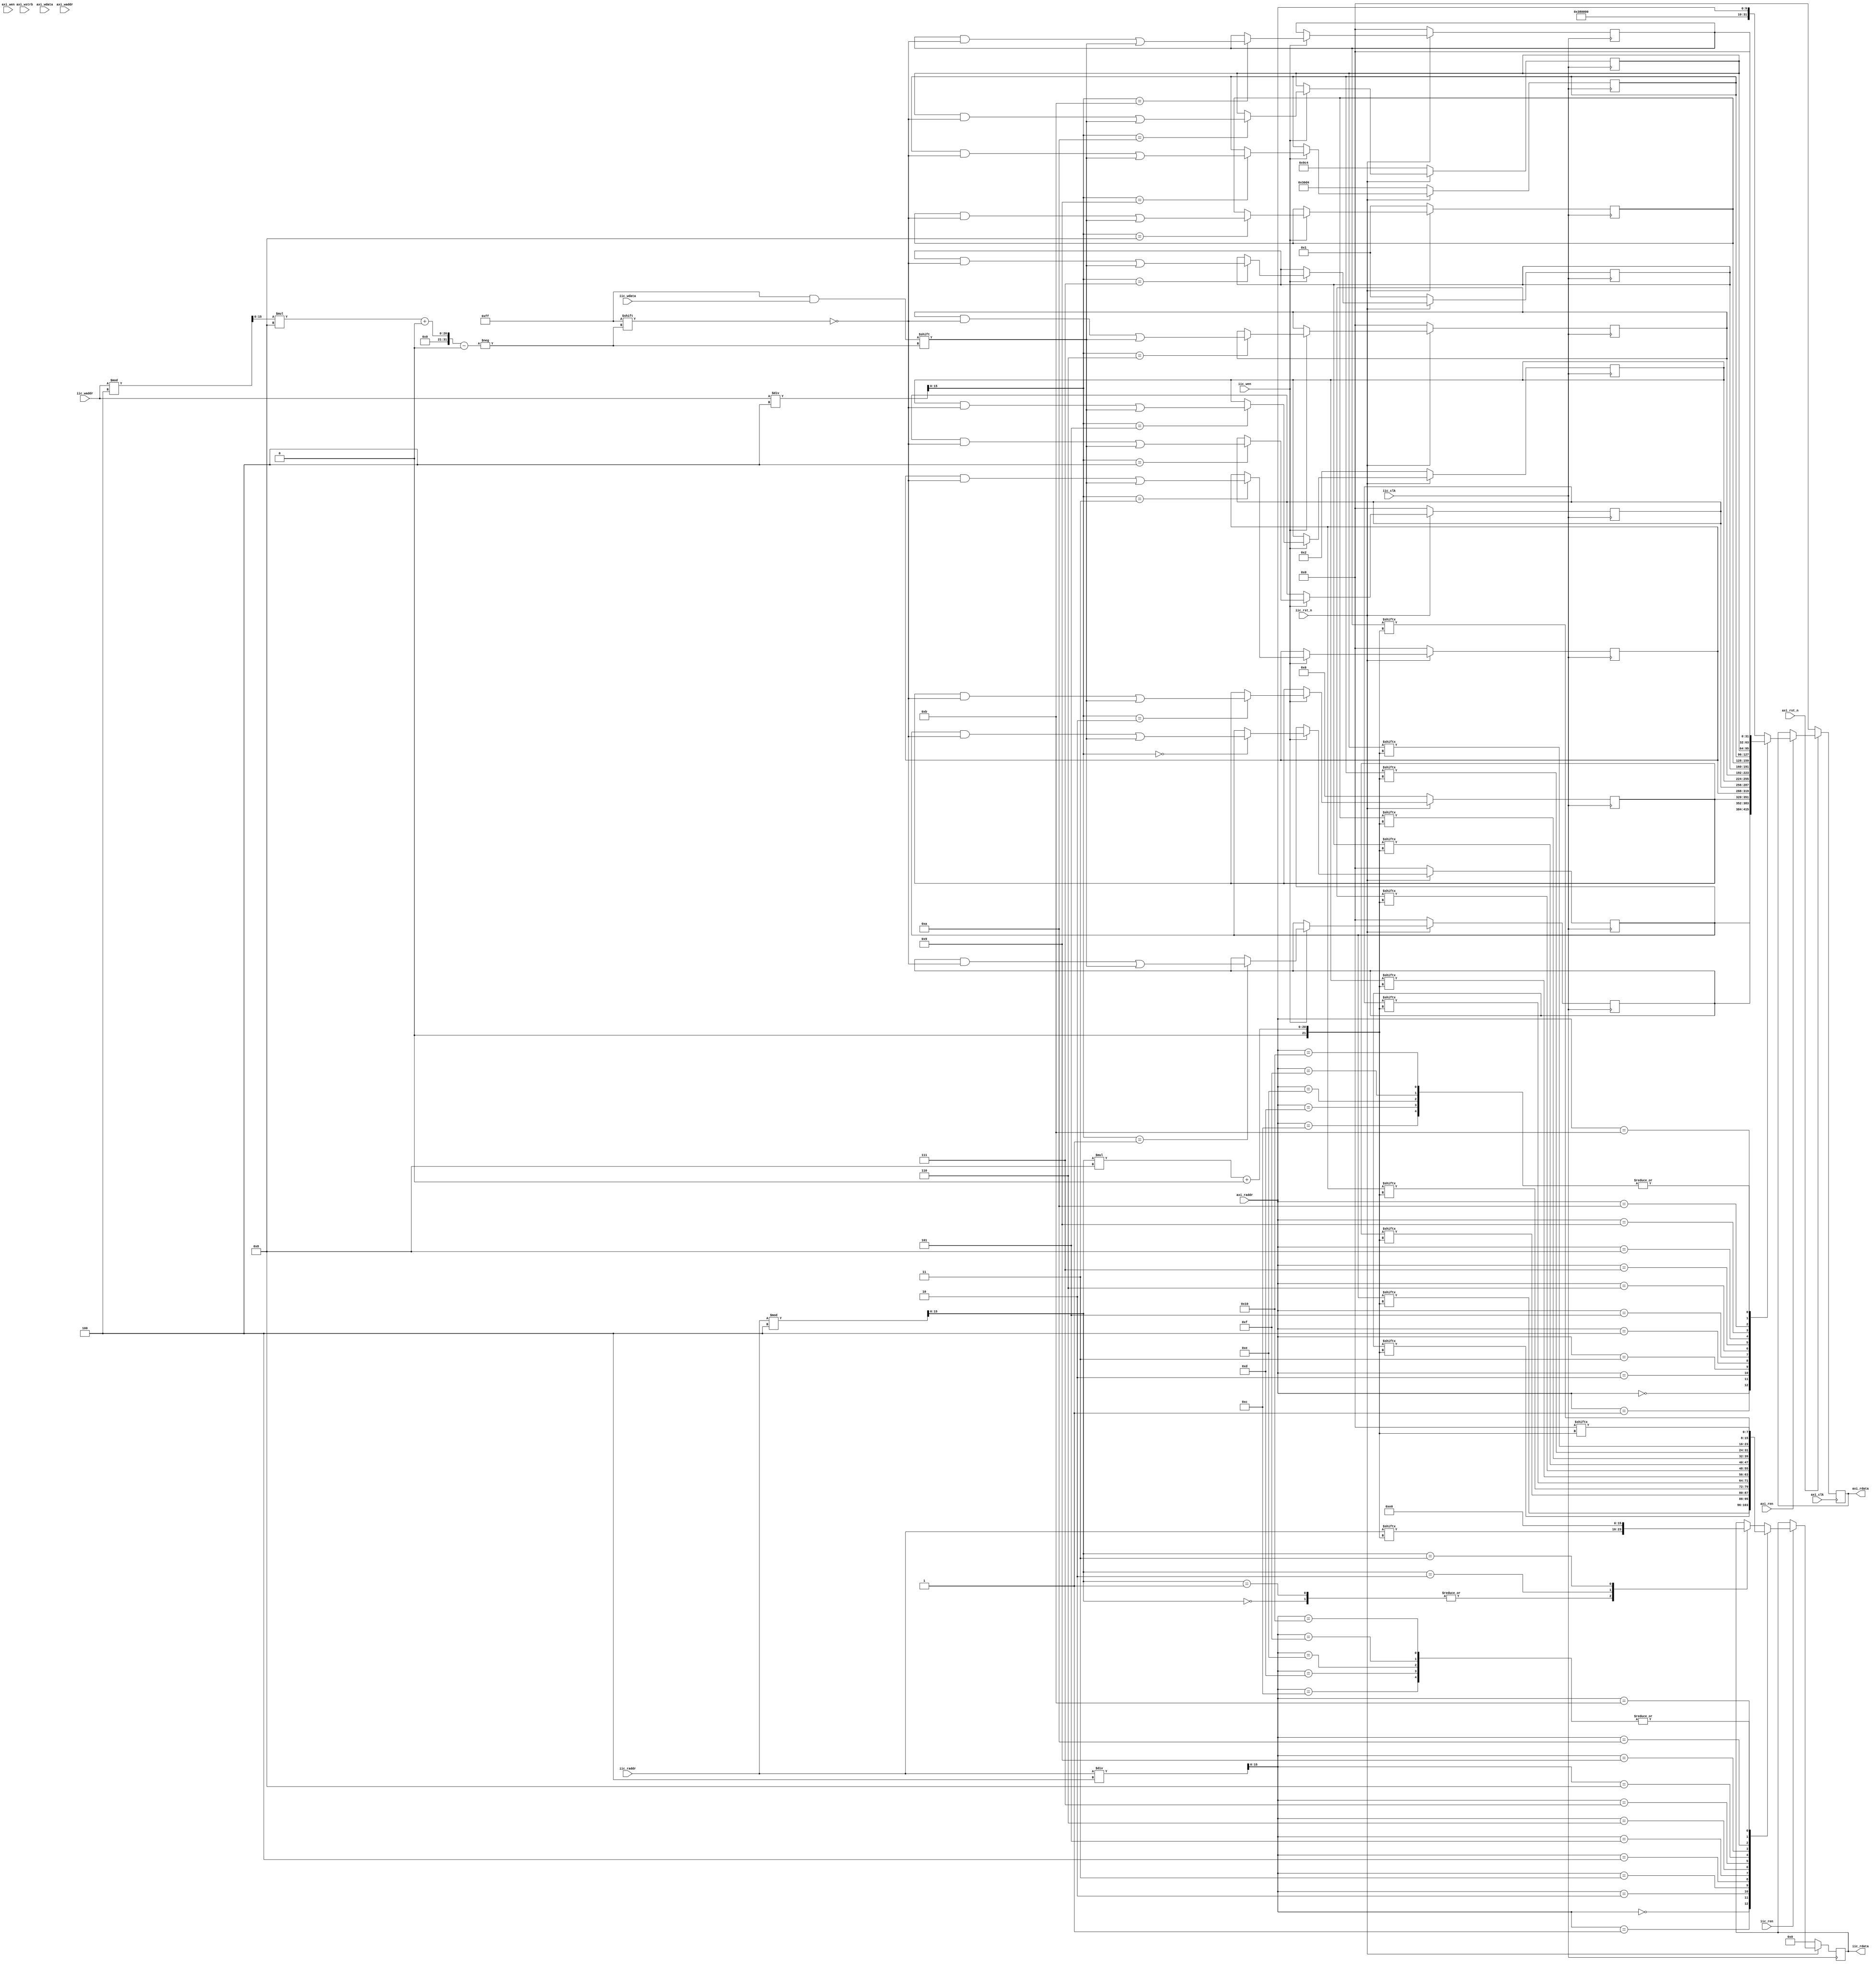
`timescale 1ns / 1ps

module iic_slave_ram #(
		parameter integer AXI_C_S_AXI_DATA_WIDTH = 32,
		parameter integer AXI_OPT_MEM_ADDR_BITS = 10,
		parameter integer IIC_IIC_SLAVE_DATA_WIDTH = 8,
		parameter integer IIC_OPT_MEM_ADDR_BITS = 16
	)
	(
		input wire axi_clk,
		input wire axi_rst_n,

		input wire [(AXI_C_S_AXI_DATA_WIDTH / 8) - 1 : 0] axi_wstrb,
		input wire axi_wen,
		input wire [AXI_C_S_AXI_DATA_WIDTH - 1 : 0] axi_wdata,
		input wire [AXI_OPT_MEM_ADDR_BITS - 1 : 0] axi_waddr,

		input wire axi_ren,
		output reg [AXI_C_S_AXI_DATA_WIDTH - 1 : 0] axi_rdata = 0,
		input wire [AXI_OPT_MEM_ADDR_BITS - 1 : 0] axi_raddr,

		input wire iic_clk,
		input wire iic_rst_n,

		input wire iic_wen,
		input wire [IIC_IIC_SLAVE_DATA_WIDTH - 1 : 0] iic_wdata,
		input wire [IIC_OPT_MEM_ADDR_BITS - 1 : 0] iic_waddr,

		input wire iic_ren,
		output reg [IIC_IIC_SLAVE_DATA_WIDTH - 1 : 0] iic_rdata = 0,
		input wire [IIC_OPT_MEM_ADDR_BITS - 1 : 0] iic_raddr
	);

	reg [AXI_OPT_MEM_ADDR_BITS - 1 : 0] current_write_address = 0;
	reg [AXI_C_S_AXI_DATA_WIDTH - 1 : 0] current_write_data = 0;
	reg current_mem_wren = 0;

	// implement Block RAM(s)
	// for write command
	//
	//00
	reg [AXI_C_S_AXI_DATA_WIDTH - 1 : 0] power_on_switch_reg = 0;
	//01
	reg [AXI_C_S_AXI_DATA_WIDTH - 1 : 0] mod_mode_cfg_reg = 0;
	//02
	reg [AXI_C_S_AXI_DATA_WIDTH - 1 : 0] ldpc_mode_cfg_reg = 6;
	//03
	reg [AXI_C_S_AXI_DATA_WIDTH - 1 : 0] frame_mode_cfg_reg = 0;
	//04
	reg [AXI_C_S_AXI_DATA_WIDTH - 1 : 0] pilot_mode_cfg_reg = 0;
	//05
	reg [AXI_C_S_AXI_DATA_WIDTH - 1 : 0] srrc_mode_reg = 2;//00:0.35; 01:0.25; 10:0.20(default) 
	//06
	reg [AXI_C_S_AXI_DATA_WIDTH - 1 : 0] dvb_s_convolution_mode_reg = 0;
	//07
	reg [AXI_C_S_AXI_DATA_WIDTH - 1 : 0] dvb_s_mode_reg = 1;// 0:dvb-s; 1:dvb-s2
	//08
	reg [AXI_C_S_AXI_DATA_WIDTH - 1 : 0] TS_Source_mode_reg = 1;// 00:TS Source inside by ts_clk; 01:TS Source outside input without Empty Frame; 10: TS Source outside input with Empty Frame;
	//09
	reg [AXI_C_S_AXI_DATA_WIDTH - 1 : 0] SYS_Freq_Num_reg = 12500;//sys_clk freq 
	//10
	reg [AXI_C_S_AXI_DATA_WIDTH - 1 : 0] SYS_Baud_Num_reg = 2500;//32'd2500 --> 25M BaudRate   SYS_Baud_mode,// 00:10M; 01:25M; 
	//11
	reg [AXI_C_S_AXI_DATA_WIDTH - 1 : 0] Freq_Inv_mode_reg = 0;// 0:; 1: IQIm=sin(mt) Qm=cos(mt);
	//12
	reg [AXI_C_S_AXI_DATA_WIDTH - 1 : 0] fs_en2_count_reg = 0;
	//13
	reg [AXI_C_S_AXI_DATA_WIDTH - 1 : 0] fs_en_count_reg = 0;
	//14
	reg [AXI_C_S_AXI_DATA_WIDTH - 1 : 0] mpeg_bytes_count_reg = 0;
	//15
	reg [AXI_C_S_AXI_DATA_WIDTH - 1 : 0] symbol_1x_oe_count_reg = 0;
	//16
	reg [AXI_C_S_AXI_DATA_WIDTH - 1 : 0] symbol_2x_oe_count_reg = 0;

	wire [1 : 0] mod_mode_cfg;
	wire [3 : 0] ldpc_mode_cfg;
	wire frame_mode_cfg;
	wire pilot_mode_cfg;
	wire [1 : 0] srrc_mode;//00:0.35; 01:0.25; 10:0.20(default) 
	wire [2 : 0] dvb_s_convolution_mode;
	wire dvb_s_mode;// 0:dvb-s; 1:dvb-s2
	wire [1 : 0] TS_Source_mode;// 00:TS Source inside by ts_clk; 01:TS Source outside input without Empty Frame; 10: TS Source outside input with Empty Frame;
	wire [31 : 0] SYS_Freq_Num;//sys_clk freq
	wire [31 : 0] SYS_Baud_Num;//32'd2500 --> 25M BaudRate   SYS_Baud_mode,// 00:10M; 01:25M; 
	wire Freq_Inv_mode;// 0:; 1: IQIm=sin(mt) Qm=cos(mt);

	assign mod_mode_cfg = mod_mode_cfg_reg[1 : 0];
	assign ldpc_mode_cfg = ldpc_mode_cfg_reg[3 : 0];
	assign frame_mode_cfg = frame_mode_cfg_reg[0];
	assign pilot_mode_cfg = pilot_mode_cfg_reg[0];
	assign srrc_mode = srrc_mode_reg[1 : 0];
	assign dvb_s_convolution_mode = dvb_s_convolution_mode_reg[2 : 0];
	assign dvb_s_mode = dvb_s_mode_reg[0];
	assign TS_Source_mode = TS_Source_mode_reg[1 : 0];
	assign SYS_Freq_Num = SYS_Freq_Num_reg;
	assign SYS_Baud_Num = SYS_Baud_Num_reg;
	assign Freq_Inv_mode = Freq_Inv_mode_reg[0];

	integer index_wstrb;
	//assigning 8 bit iic_data
	always @(posedge axi_clk) begin
		if(axi_rst_n == 0) begin
			index_wstrb <= 0;
			current_write_address <= 0;
			current_write_data <= 0;
			current_mem_wren <= 0;
		end
		else begin
			if (axi_wen == 1) begin
				current_write_address <= axi_waddr;
				for(index_wstrb = 0; index_wstrb < (AXI_C_S_AXI_DATA_WIDTH / 8); index_wstrb = index_wstrb + 1) begin
					if(axi_wstrb[index_wstrb] == 1) begin
						current_write_data[(8 * index_wstrb + 7) -: 8] <= axi_wdata[(8 * index_wstrb + 7) -: 8];
					end
				end
			end
			current_mem_wren <= axi_wen;
		end
	end

	always @(posedge axi_clk) begin
		if(axi_rst_n == 0) begin
		end
		else begin
			if(current_mem_wren == 1) begin
				case(current_write_address)
					default: begin
					end
				endcase
			end
			else begin
			end
		end
	end

	always @(posedge axi_clk) begin
		if(axi_rst_n == 0) begin
			axi_rdata <= 0;
		end
		else begin
			if (axi_ren == 1) begin
				case(axi_raddr)
					0: begin
						axi_rdata <= power_on_switch_reg;
					end
					1: begin
						axi_rdata <= mod_mode_cfg_reg;
					end
					2: begin
						axi_rdata <= ldpc_mode_cfg_reg;
					end
					3: begin
						axi_rdata <= frame_mode_cfg_reg;
					end
					4: begin
						axi_rdata <= pilot_mode_cfg_reg;
					end
					5: begin
						axi_rdata <= srrc_mode_reg;
					end
					6: begin
						axi_rdata <= dvb_s_convolution_mode_reg;
					end
					7: begin
						axi_rdata <= dvb_s_mode_reg;
					end
					8: begin
						axi_rdata <= TS_Source_mode_reg;
					end
					9: begin
						axi_rdata <= SYS_Freq_Num_reg;
					end
					10: begin
						axi_rdata <= SYS_Baud_Num_reg;
					end
					11: begin
						axi_rdata <= Freq_Inv_mode_reg;
					end
					12: begin
						axi_rdata <= fs_en2_count_reg;
					end
					13: begin
						axi_rdata <= fs_en_count_reg;
					end
					14: begin
						axi_rdata <= mpeg_bytes_count_reg;
					end
					15: begin
						axi_rdata <= symbol_1x_oe_count_reg;
					end
					16: begin
						axi_rdata <= symbol_2x_oe_count_reg;
					end
					default: begin
						axi_rdata <= {16'hE000, {(16 - AXI_OPT_MEM_ADDR_BITS){1'b0}}, axi_raddr};
					end
				endcase
			end
		end
	end

	wire [IIC_OPT_MEM_ADDR_BITS - 1 : 0] iic_waddr_reg_index;
	wire [IIC_OPT_MEM_ADDR_BITS - 1 : 0] iic_waddr_reg_byte_index;
	assign iic_waddr_reg_index = iic_waddr / 4;
	assign iic_waddr_reg_byte_index = iic_waddr % 4;

	always @(posedge iic_clk) begin
		if (iic_rst_n == 1'b0) begin
			power_on_switch_reg <= 0;
			mod_mode_cfg_reg <= 0;
			ldpc_mode_cfg_reg <= 6;
			frame_mode_cfg_reg <= 0;
			pilot_mode_cfg_reg <= 0;
			srrc_mode_reg <= 2;
			dvb_s_convolution_mode_reg <= 0;
			dvb_s_mode_reg <= 1;
			TS_Source_mode_reg <= 1;
			SYS_Freq_Num_reg <= 12500;
			SYS_Baud_Num_reg <= 2500;
			Freq_Inv_mode_reg <= 0;
		end 
		else begin
			if (iic_wen == 1) begin
				case(iic_waddr_reg_index)
					0: begin
						power_on_switch_reg[iic_waddr_reg_byte_index * 8 +: 8] <= iic_wdata;
					end
					1: begin
						mod_mode_cfg_reg[iic_waddr_reg_byte_index * 8 +: 8] <= iic_wdata;
					end
					2: begin
						ldpc_mode_cfg_reg[iic_waddr_reg_byte_index * 8 +: 8] <= iic_wdata;
					end
					3: begin
						frame_mode_cfg_reg[iic_waddr_reg_byte_index * 8 +: 8] <= iic_wdata;
					end
					4: begin
						pilot_mode_cfg_reg[iic_waddr_reg_byte_index * 8 +: 8] <= iic_wdata;
					end
					5: begin
						srrc_mode_reg[iic_waddr_reg_byte_index * 8 +: 8] <= iic_wdata;
					end
					6: begin
						dvb_s_convolution_mode_reg[iic_waddr_reg_byte_index * 8 +: 8] <= iic_wdata;
					end
					7: begin
						dvb_s_mode_reg[iic_waddr_reg_byte_index * 8 +: 8] <= iic_wdata;
					end
					8: begin
						TS_Source_mode_reg[iic_waddr_reg_byte_index * 8 +: 8] <= iic_wdata;
					end
					9: begin
						SYS_Freq_Num_reg[iic_waddr_reg_byte_index * 8 +: 8] <= iic_wdata;
					end
					10: begin
						SYS_Baud_Num_reg[iic_waddr_reg_byte_index * 8 +: 8] <= iic_wdata;
					end
					11: begin
						Freq_Inv_mode_reg[iic_waddr_reg_byte_index * 8 +: 8] <= iic_wdata;
					end
					12: begin
					end
					13: begin
					end
					14: begin
					end
					15: begin
					end
					16: begin
					end
					default: begin
					end
				endcase
			end
			else begin
			end
		end
	end

	wire [IIC_OPT_MEM_ADDR_BITS - 1 : 0] iic_raddr_reg_index;
	wire [IIC_OPT_MEM_ADDR_BITS - 1 : 0] iic_raddr_reg_byte_index;
	assign iic_raddr_reg_index = iic_raddr / 4;
	assign iic_raddr_reg_byte_index = iic_raddr % 4;

	always @(posedge iic_clk) begin
		if (iic_rst_n == 1'b0) begin
			iic_rdata <= 0;
		end 
		else begin
			if (iic_ren == 1) begin
				case(iic_raddr_reg_index)
					0: begin
						iic_rdata <= power_on_switch_reg[iic_raddr_reg_byte_index * 8 +: 8];
					end
					1: begin
						iic_rdata <= mod_mode_cfg_reg[iic_raddr_reg_byte_index * 8 +: 8];
					end
					2: begin
						iic_rdata <= ldpc_mode_cfg_reg[iic_raddr_reg_byte_index * 8 +: 8];
					end
					3: begin
						iic_rdata <= frame_mode_cfg_reg[iic_raddr_reg_byte_index * 8 +: 8];
					end
					4: begin
						iic_rdata <= pilot_mode_cfg_reg[iic_raddr_reg_byte_index * 8 +: 8];
					end
					5: begin
						iic_rdata <= srrc_mode_reg[iic_raddr_reg_byte_index * 8 +: 8];
					end
					6: begin
						iic_rdata <= dvb_s_convolution_mode_reg[iic_raddr_reg_byte_index * 8 +: 8];
					end
					7: begin
						iic_rdata <= dvb_s_mode_reg[iic_raddr_reg_byte_index * 8 +: 8];
					end
					8: begin
						iic_rdata <= TS_Source_mode_reg[iic_raddr_reg_byte_index * 8 +: 8];
					end
					9: begin
						iic_rdata <= SYS_Freq_Num_reg[iic_raddr_reg_byte_index * 8 +: 8];
					end
					10: begin
						iic_rdata <= SYS_Baud_Num_reg[iic_raddr_reg_byte_index * 8 +: 8];
					end
					11: begin
						iic_rdata <= Freq_Inv_mode_reg[iic_raddr_reg_byte_index * 8 +: 8];
					end
					12: begin
						iic_rdata <= fs_en2_count_reg[iic_raddr_reg_byte_index * 8 +: 8];
					end
					13: begin
						iic_rdata <= fs_en_count_reg[iic_raddr_reg_byte_index * 8 +: 8];
					end
					14: begin
						iic_rdata <= mpeg_bytes_count_reg[iic_raddr_reg_byte_index * 8 +: 8];
					end
					15: begin
						iic_rdata <= symbol_1x_oe_count_reg[iic_raddr_reg_byte_index * 8 +: 8];
					end
					16: begin
						iic_rdata <= symbol_2x_oe_count_reg[iic_raddr_reg_byte_index * 8 +: 8];
					end
					default: begin
						case(iic_raddr_reg_byte_index)
							0: begin
								iic_rdata <= iic_raddr[iic_raddr_reg_byte_index * 8 +: 8];
							end
							1: begin
								iic_rdata <= iic_raddr[iic_raddr_reg_byte_index * 8 +: 8];
							end
							2: begin
								iic_rdata <= 8'h00;
							end
							3: begin
								iic_rdata <= 8'hE0;
							end
							default: begin
							end
						endcase
					end
				endcase
			end
			else begin
			end
		end
	end
endmodule